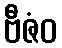
ဗီဇံဝ